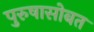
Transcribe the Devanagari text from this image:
पुरुषासोबत